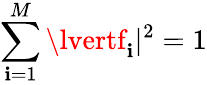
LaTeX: \sum_{\mathbf{i}=1}^{M}\lvertf_{\mathbf{i}}\rvert^{2}=1